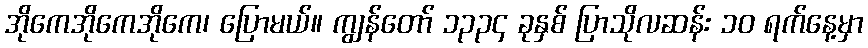
အိုကေအိုကေအိုကေ၊ ပြောမယ်။ ကျွန်တော် ၁၃၃၄ ခုနှစ် ပြာသိုလဆန်း ၁၀ ရက်နေ့မှာ